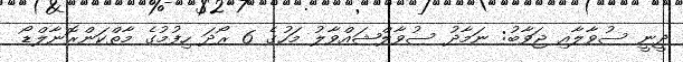
ދީނީ ސުވާލާއި ޖަވާބު: ނަމާދު ސުވާލްޝައްވާލު މަހުގެ 6 ރޯދަ ހިފުމުގެ މާތްކަންރޮނާލްޑޯ